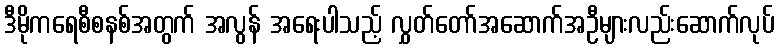
ဒီမိုကရေစီစနစ်အတွက် အလွန် အရေးပါသည့် လွှတ်တော်အဆောက်အဦများလည်းဆောက်လုပ်